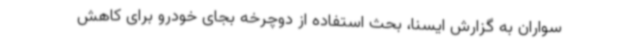
سواران به گزارش ایسنا، بحث استفاده از دوچرخه بجای خودرو برای کاهش